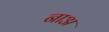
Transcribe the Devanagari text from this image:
नाअ